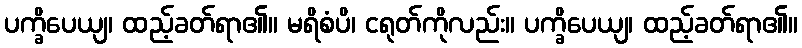
ပက္ခိပေယျ၊ ထည့်ခတ်ရာ၏။ မရိစံပိ၊ ငရုတ်ကိုလည်း။ ပက္ခိပေယျ၊ ထည့်ခတ်ရာ၏။